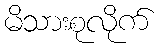
မိသားစုလိုက်